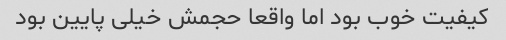
کیفیت خوب بود اما واقعا حجمش خیلی پایین بود